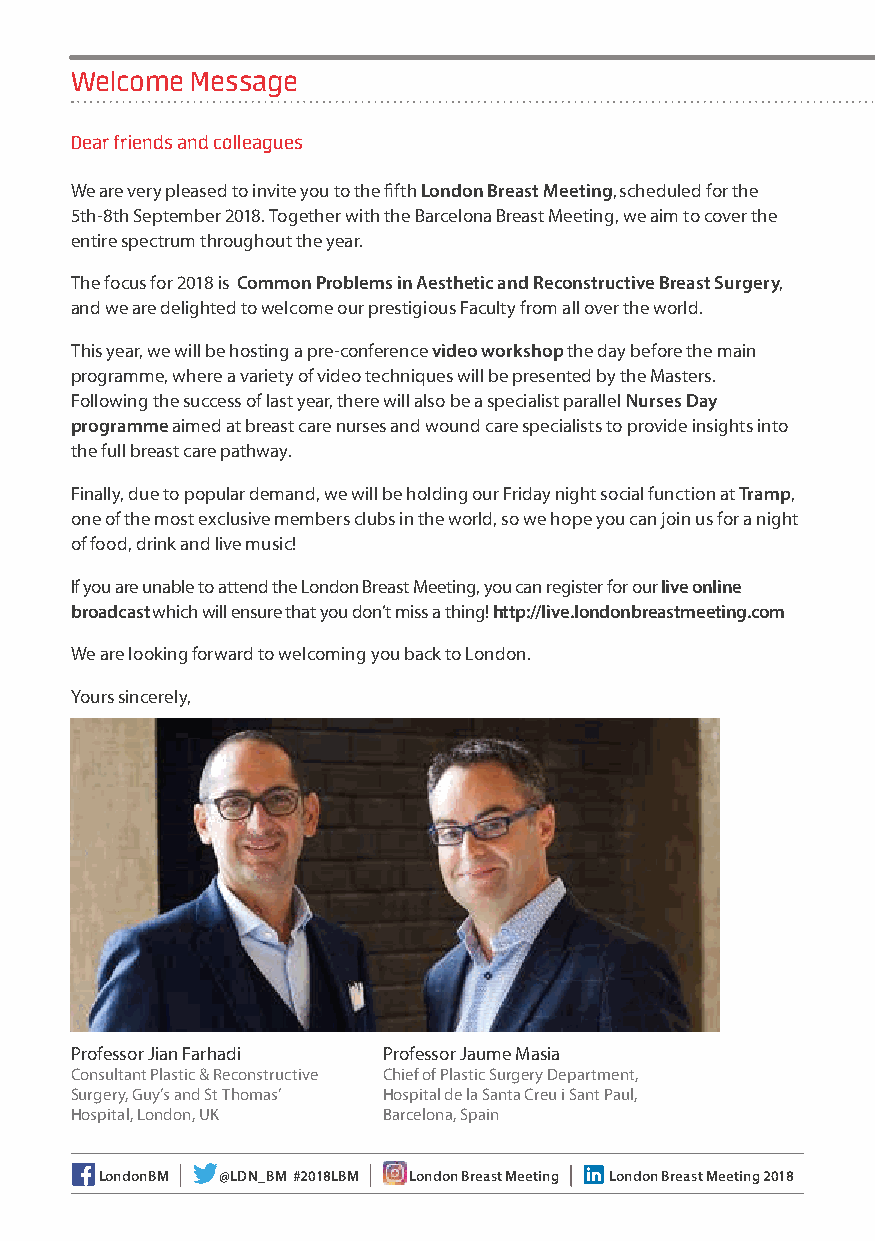
Welcome Message
 Dear friends and colleagues
 We are very pleased to invite you to the fifth London Breast Meeting, scheduled for the
 5th-8th September 2018. Together with the Barcelona Breast Meeting, we aim to cover the
 entire spectrum throughout the year.
 The focus for 2018 is Common Problems in Aesthetic and Reconstructive Breast Surgery,
 and we are delighted to welcome our prestigious Faculty from all over the world.
 This year, we will be hosting a pre-conference video workshop the day before the main
 programme, where a variety of video techniques will be presented by the Masters.
 Following the success of last year, there will also be a specialist parallel Nurses Day
 programme aimed at breast care nurses and wound care specialists to provide insights into
 the full breast care pathway.
 Finally, due to popular demand, we will be holding our Friday night social function at Tramp,
 one of the most exclusive members clubs in the world, so we hope you can join us for a night
 of food, drink and live music!
 If you are unable to attend the London Breast Meeting, you can register for our live online
 broadcast which will ensure that you don’t miss a thing! http://live.londonbreastmeeting.com
 We are looking forward to welcoming you back to London.
 Yours sincerely,
 Professor Jian Farhadi Professor Jaume Masia
 Consultant Plastic & Reconstructive Chief of Plastic Surgery Department,
 Surgery, Guy’s and St Thomas’ Hospital de la Santa Creu i Sant Paul,
 Hospital, London, UK Barcelona, Spain
 LondonBM @LDN_BM #2018LBM London Breast Meeting London Breast Meeting 2018